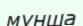
мұнша